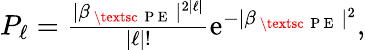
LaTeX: \begin{array}{r}{P_{\ell}=\frac{|\beta_{\mathrm{~\textsc~{~P~E~}~}}|^{2|\ell|}}{|\ell|!}\mathrm{e}^{-|\beta_{\mathrm{~\textsc~{~P~E~}~}}|^{2}},}\end{array}